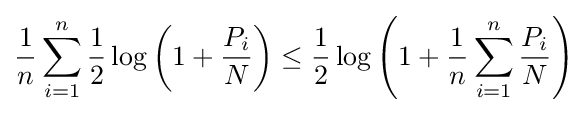
{\frac {1}{n}}\sum _{i=1}^{n}{\frac {1}{2}}\log \left(1+{\frac {P_{i}}{N}}\right)\leq {\frac {1}{2}}\log \left(1+{\frac {1}{n}}\sum _{i=1}^{n}{\frac {P_{i}}{N}}\right)\,\!